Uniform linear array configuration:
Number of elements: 64
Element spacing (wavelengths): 1
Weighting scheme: uniform
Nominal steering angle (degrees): -30
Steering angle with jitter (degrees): -29.455
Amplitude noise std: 0.05
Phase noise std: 0.05

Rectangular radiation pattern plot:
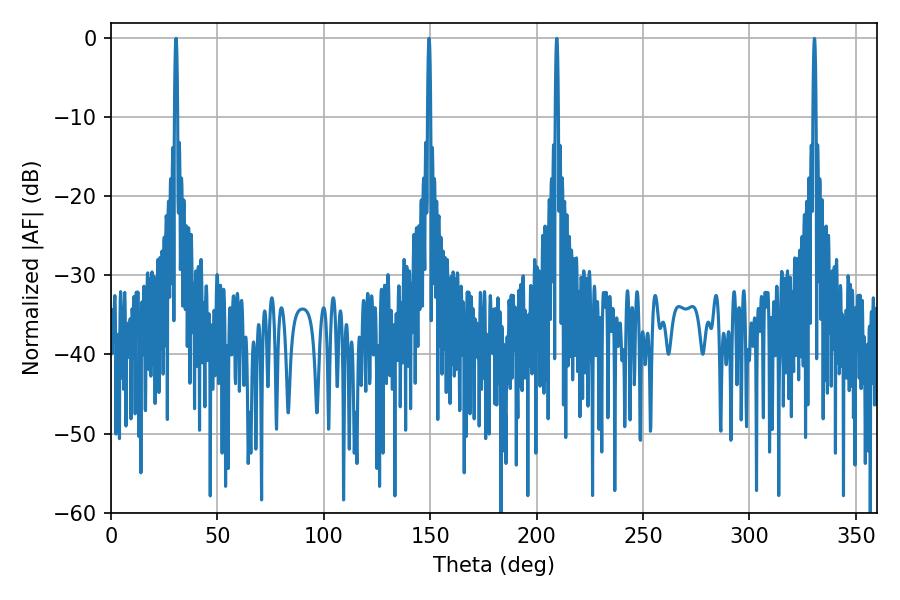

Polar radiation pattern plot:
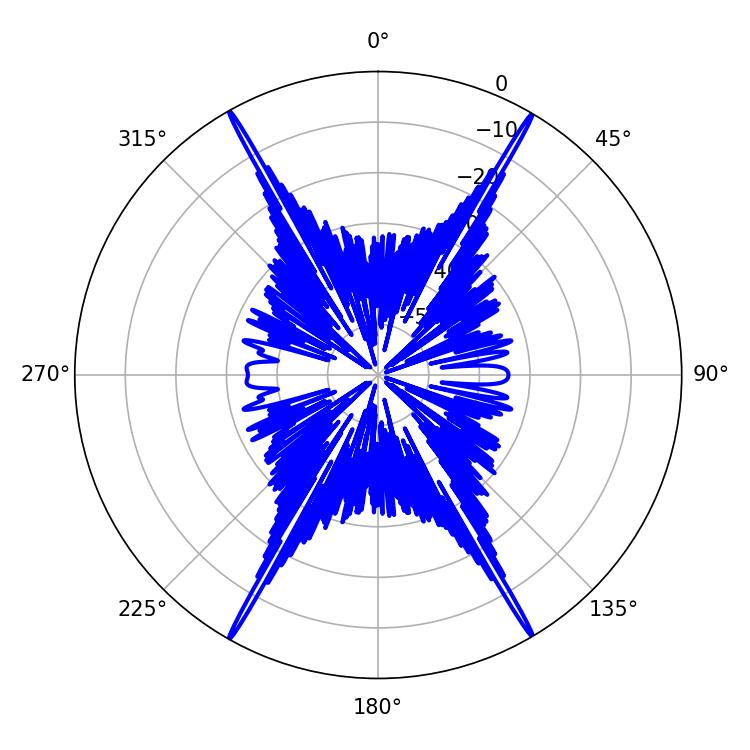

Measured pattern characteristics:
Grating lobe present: TRUE
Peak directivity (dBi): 34.357
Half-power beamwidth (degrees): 0.72
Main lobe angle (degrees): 149.4